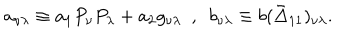
a _ { \nu \lambda } \equiv a _ { 1 } P _ { \nu } P _ { \lambda } + a _ { 2 } g _ { \nu \lambda } ~ ~ , ~ ~ b _ { \nu \lambda } \equiv b ( \bar { \Delta } _ { 1 1 } ) _ { \nu \lambda } .